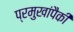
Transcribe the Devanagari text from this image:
प्रमुखांपैकी